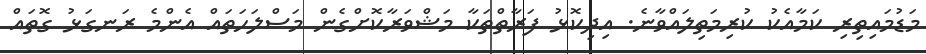
މަޑުމައިތިރި ކަމާއެކު ކުރިމަތިލައްވާނެ. އިދިކޮޅު ފަރާތްތަކާ މަޝްވަރާކޮށްގެން މަސްލަހަތައް އެންމެ ރަނގަޅު ގޮތައް